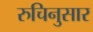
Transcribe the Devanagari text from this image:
रुचिनुसार